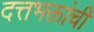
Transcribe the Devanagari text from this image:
दत्तभक्तांची